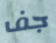
جف